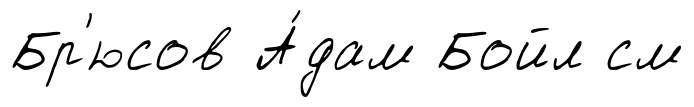
Бр'юсов А́дам Бойл см